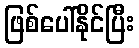
ဖြစ်ပေါ်နိုင်ပြီး